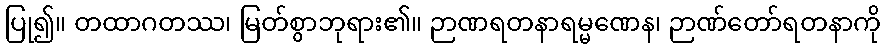
ပြု၍။ တထာဂတဿ၊ မြတ်စွာဘုရား၏။ ဉာဏရတနာရမ္မဏေန၊ ဉာဏ်တော်ရတနာကို